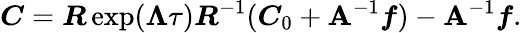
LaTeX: \boldsymbol{C}=\boldsymbol{R}\exp(\boldsymbol{\Lambda}\tau)\boldsymbol{R}^{-1}(\boldsymbol{C}_{0}+\boldsymbol{\mathbf{A}}^{-1}\boldsymbol{f})-\boldsymbol{\mathbf{A}}^{-1}\boldsymbol{f}.